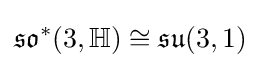
{\mathfrak {so}}^{*}(3,\mathbb {H} )\cong {\mathfrak {su}}(3,1)